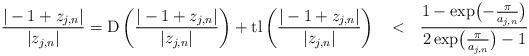
LaTeX: \begin{align*}\frac{|-1+z_{j,n}|}{|z_{j,n}|}={\rm D}\left(\frac{|-1+z_{j,n}|}{|z_{j,n}|}\right)+ {\rm tl} \left(\frac{|-1+z_{j,n}|}{|z_{j,n}|}\right)~~<~~ \frac{1 -\exp\bigl(-\frac{\pi}{a_{j,n}}\bigr)}{2 \exp\bigl(\frac{\pi}{a_{j,n}}\bigr) -1}\end{align*}